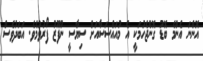
އޮންނަ އެންމެ ބޮޑު ގޮންޖެހުމަކީ އެ މުއައްސަސާއަށް ސިޔާސީ ނުފޫޒު ފޯރުވުމެވެ. އަބަދުވެސް